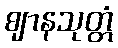
ဈာနသုတ္တံ